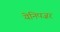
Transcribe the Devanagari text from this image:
येनिपज़र